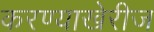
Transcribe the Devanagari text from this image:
करण्याखेरीज